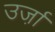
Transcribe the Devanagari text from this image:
उर्जा़